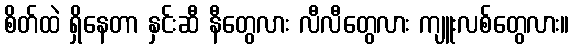
စိတ်ထဲ ရှိနေတာ နှင်းဆီ နီတွေလား လီလီတွေလား ကျူးလစ်တွေလား။